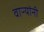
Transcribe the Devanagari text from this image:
वाऱ्यांनी